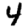
Digit: 4